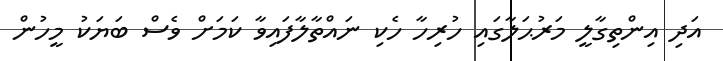
އަދި އިންތިގާލީ މަރުޙަލާގައި ހުރިހާ ހެކި ނައްތާލާފައިވާ ކަމަށް ވެސް ބަޔަކު މީހުން